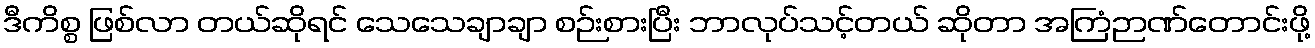
ဒီကိစ္စ ဖြစ်လာ တယ်ဆိုရင် သေသေချာချာ စဉ်းစားပြီး ဘာလုပ်သင့်တယ် ဆိုတာ အကြံဉာဏ်တောင်းဖို့